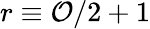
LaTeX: r\equiv\mathcal{O}/2+1